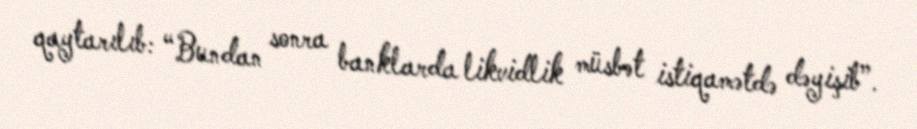
qaytarılıb: “Bundan sonra banklarda likvidlik müsbət istiqamətdə dəyişib”.